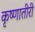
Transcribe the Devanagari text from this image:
कृष्णातीरी